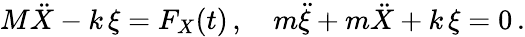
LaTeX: M\ddot{X}-k\, \xi=F_{X}(t)\, ,\quad m\ddot{\xi}+m\ddot{X}+k\, \xi=0\, .